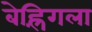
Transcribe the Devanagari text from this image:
बेह्रिंगला